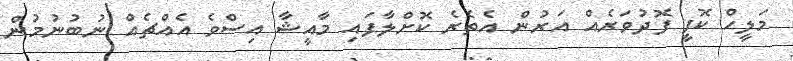
މަލީހް ކޮފީ ފޮދުވަރެއް އަރުން އެތެރެ ކޮށްލާފައި މާއީޝާ އިސްވެ އެއްޗެއް ނުބުނުމުން